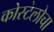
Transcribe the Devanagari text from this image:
कोस्टेलोचा